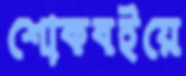
শোকবইয়ে